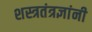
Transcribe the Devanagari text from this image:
शस्त्रतंत्रज्ञांनी